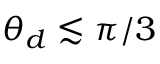
\theta _ { d } \lesssim \pi / 3